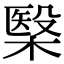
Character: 𣘦